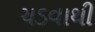
ચડવાથી